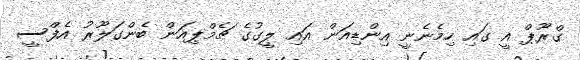
ގްރޫޕް އީ ގައި ހިމެނެނީ އިންޑިއަން އައި ލީގުގެ ޗެމްޕިއަން ބެންގަލޫރު އެފްސީ